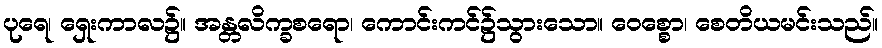
ပုရေ၊ ရှေးကာလ၌။ အန္တလိက္ခစရော၊ ကောင်းကင်၌သွားသော။ ဝေစ္စော၊ စေတိယမင်းသည်။